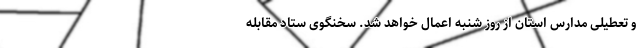
و تعطیلی مدارس استان از روز شنبه اعمال خواهد شد. سخنگوی ستاد مقابله